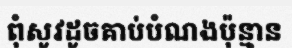
ពុំសូវដូចគាប់បំណងប៉ុន្មាន